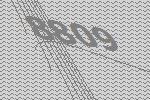
8809